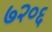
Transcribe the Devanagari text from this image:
७२०६